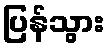
ပြန်သွား